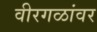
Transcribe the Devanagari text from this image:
वीरगळांवर